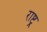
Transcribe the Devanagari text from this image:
राष्ट्र्